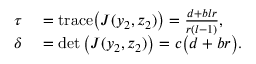
\begin{array} { r l } { \tau } & { { } = \mathrm { t r a c e } \big ( J ( y _ { 2 } , z _ { 2 } ) \big ) = \frac { d + b l r } { r ( l - 1 ) } , } \\ { \delta } & { { } = \operatorname* { d e t } \big ( J ( y _ { 2 } , z _ { 2 } ) \big ) = c \big ( d + b r \big ) . } \end{array}